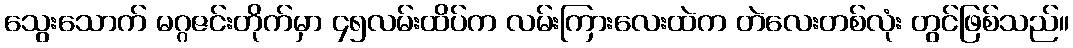
သွေးသောက် မဂ္ဂဇင်းတိုက်မှာ ၄၅လမ်းထိပ်က လမ်းကြားလေးထဲက တဲလေးတစ်လုံး တွင်ဖြစ်သည်။